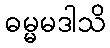
ဓမ္မမဒါသိ